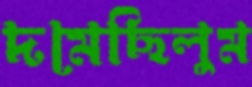
দমেছিলুম